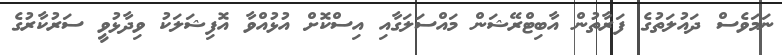
ނަމަވެސް ދައުލަތުގެ ފަރާތުން އާބިޓްރޭޝަން މައްސަލަގާއި އިސްކޮށް އުޅުއްވާ އޮފިޝަލަކު ވިދާޅުވީ ސަރުކާރުގެ